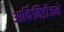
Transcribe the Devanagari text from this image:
आर्किमिडीजने